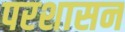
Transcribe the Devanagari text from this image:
परशासन